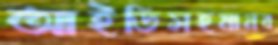
আইডিসহমানব